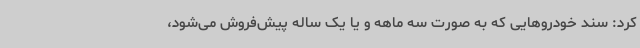
کرد: سند خودروهایی که به صورت سه‌ ماهه و یا یک ساله پیش‌فروش می‌شود،